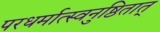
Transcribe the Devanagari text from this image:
परधर्मात्स्वनुष्ठितात्